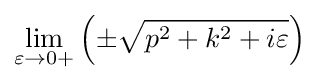
\lim _{\varepsilon \to 0+}\left(\pm {\sqrt {p^{2}+k^{2}+i\varepsilon }}\right)